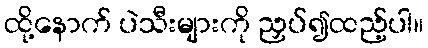
ထို့နောက် ပဲသီးများကို ညှပ်၍ထည့်ပါ။